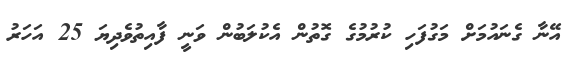
އޭނާ ގެނައުމަށް މަގުފަހި ކުރުމުގެ ގޮތުން އެކުލަބުން ވަނީ ފާއިތުވެދިޔަ 25 އަހަރު